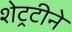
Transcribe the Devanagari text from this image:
शेट्रटीने